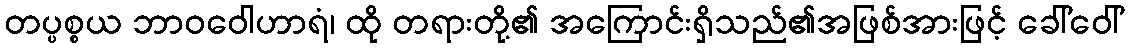
တပ္ပစ္စယ ဘာဝဝေါဟာရံ၊ ထို တရားတို့၏ အကြောင်းရှိသည်၏အဖြစ်အားဖြင့် ခေါ်ဝေါ်